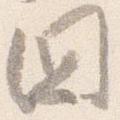
国